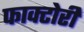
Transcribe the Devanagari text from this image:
फाक्टोरी